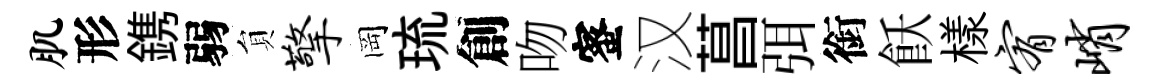
肌形鎸弱貟擎岡琉創吻蜜汉菖弭銜飫樣宥峭